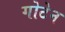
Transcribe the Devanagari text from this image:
गोटेन